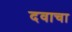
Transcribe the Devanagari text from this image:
दवाचा